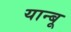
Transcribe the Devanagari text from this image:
यान्बू